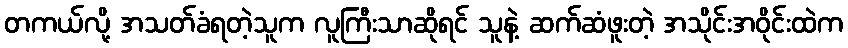
တကယ်လို့ အသတ်ခံရတဲ့သူက လူကြီးသာဆိုရင် သူနဲ့ ဆက်ဆံဖူးတဲ့ အသိုင်းအဝိုင်းထဲက